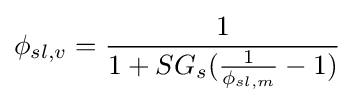
\phi _{sl,v}={\frac {1}{1+SG_{s}({\frac {1}{\phi _{sl,m}}}-1)}}